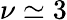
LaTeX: \nu\simeq 3